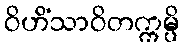
ဝိဟိံသာဝိတက္ကမ္ပိ